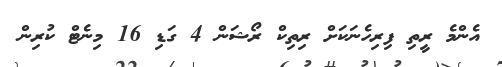
އެންމެ ރީތި ފިރިހެނަކަށް ރިތިކް ރޯޝަން 4 ގަޑި 16 މިނެޓް ކުރިން